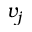
v _ { j }